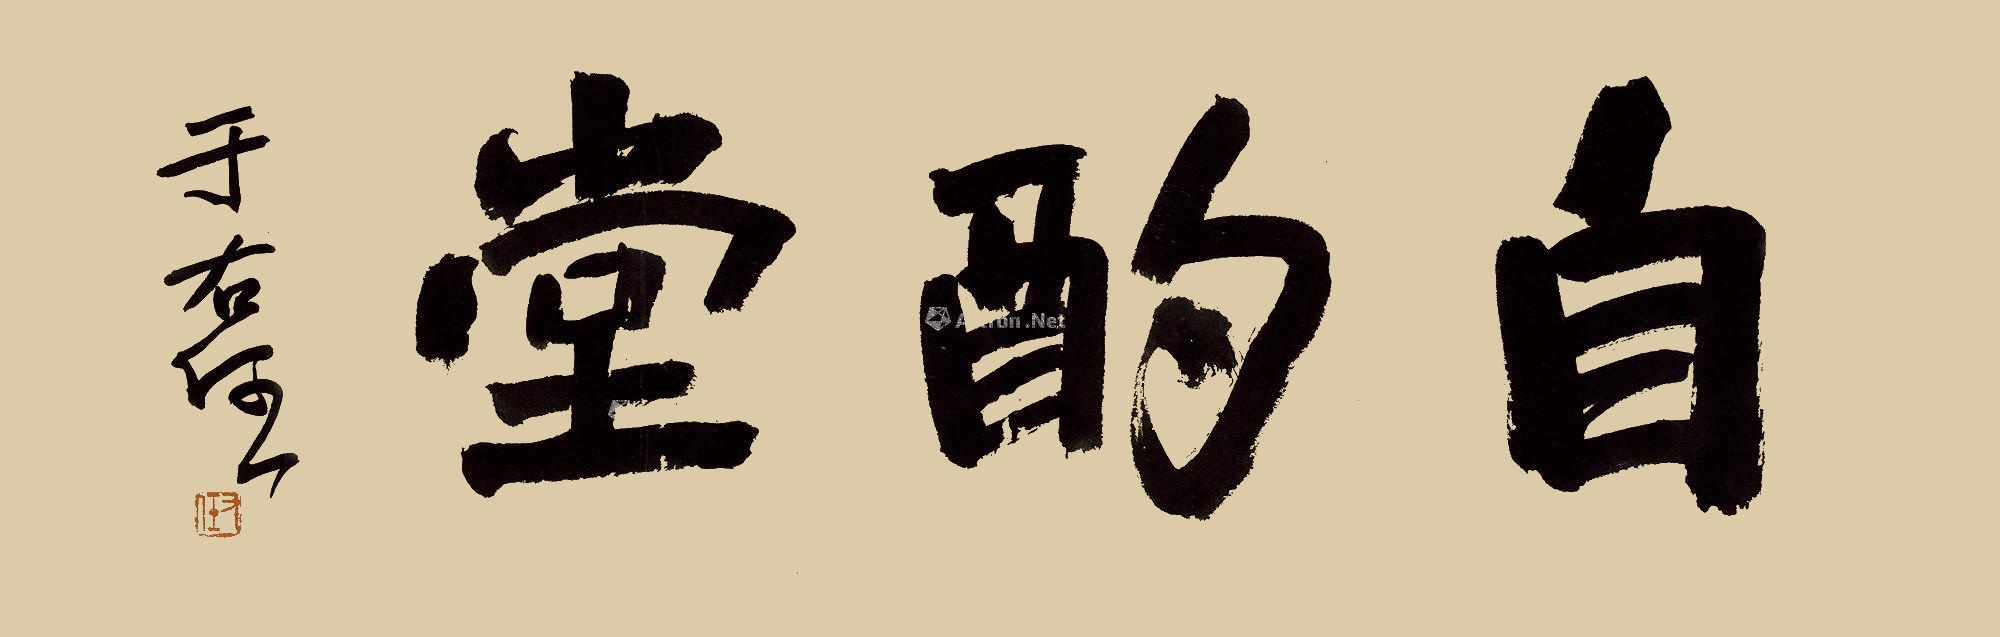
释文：自酌堂于右任